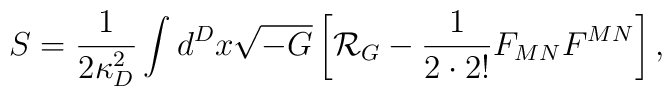
S={1\over{2\kappa^2_D}}\int d^Dx\sqrt{-G}\left[{\cal R}_{G}-{1\over{2\cdot 2!}}F_{MN}F^{MN}\right],